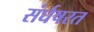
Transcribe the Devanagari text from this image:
संर्घषरत